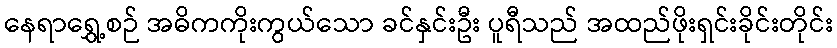
နေရာရွှေ့စဉ် အဓိကကိုးကွယ်သော ခင်နှင်းဦး ပူရီသည် အထည်ဖိုးရှင်းခိုင်းတိုင်း